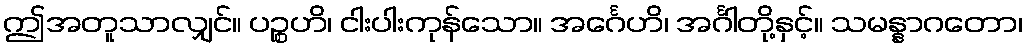
ဤအတူသာလျှင်။ ပဉ္စဟိ၊ ငါးပါးကုန်သော။ အင်္ဂေဟိ၊ အင်္ဂါတို့နှင့်။ သမန္နာဂတော၊